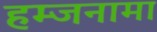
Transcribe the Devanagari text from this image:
हम्जनामा